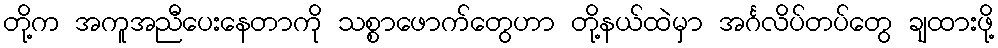
တို့က အကူအညီပေးနေတာကို သစ္စာဖောက်တွေဟာ တို့နယ်ထဲမှာ အင်္ဂလိပ်တပ်တွေ ချထားဖို့